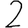
Digit: 2